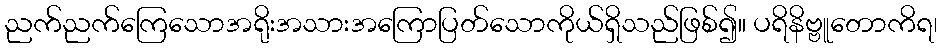
ညက်ညက်ကြေသောအရိုးအသားအကြောပြတ်သောကိုယ်ရှိသည်ဖြစ်၍။ ပရိနိဗ္ဗူတောကိရ၊